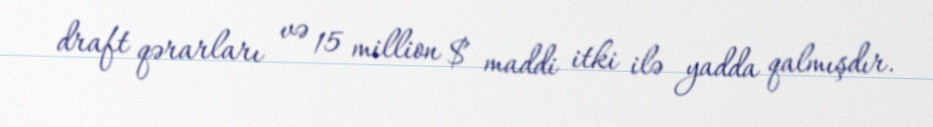
draft qərarları və 15 million $ maddi itki ilə yadda qalmışdır.